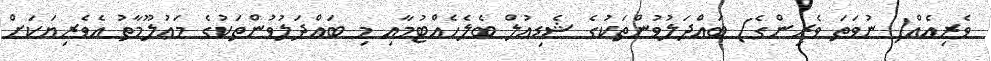
ވެރިއެއް( ނުވަތަ ވެރިންގެ) ބައްދަލުވުންތަކުގެ ޝެޑިއުލް ބެލެހެއްޓުމާއި މި ބައްދަލުވުންތަކުގެ މަޢުލޫމާތު އެވެރިޔަކަށް